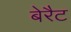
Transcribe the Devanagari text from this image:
बेरैट